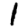
Digit: 1